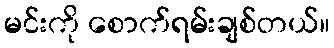
မင်းကို စောက်ရမ်းချစ်တယ်။